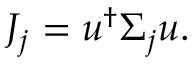
\begin{array} { r } { J _ { j } = u ^ { \dagger } \Sigma _ { j } u . } \end{array}